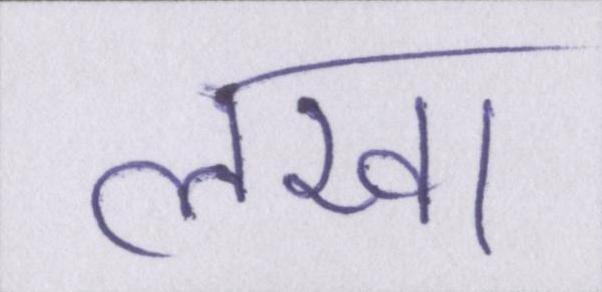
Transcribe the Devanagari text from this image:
लखा